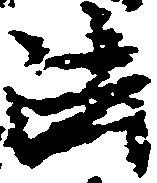
法